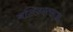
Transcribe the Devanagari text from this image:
बलिउएतादृश